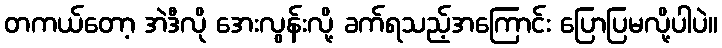
တကယ်တော့ အဲဒီလို အေးလွန်းလို့ ခက်ရသည့်အကြောင်း ပြောပြမလို့ပါပဲ။